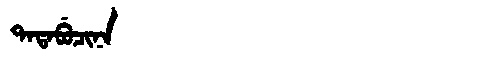
Manchu: ᡨᠠᡨᠠᠪᡠᠴᡳᠨᠠ
Romanization: TATABUCINA